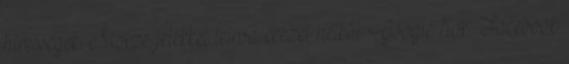
hírességek: Morze jelekkel leírva ékezet nélkül Google fiók: Facebook